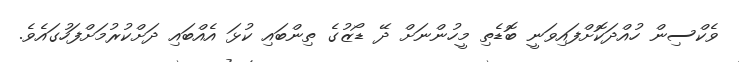
ވެކްސިން ހުއްދަކޮށްފައިވަނީ ބޮޑެތި މީހުންނަށް ދޭ ޑޯޒުގެ ތިންބައި ކުޅަ އެއްބައި ދަށްކުރުމަށްފަހުގައެވެ.